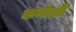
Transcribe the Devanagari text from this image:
कर्णवर्ती